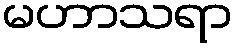
မဟာသရာ